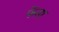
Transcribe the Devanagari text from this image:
फेंसा